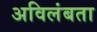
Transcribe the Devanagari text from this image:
अविलंबता